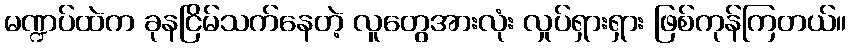
မဏ္ဍပ်ထဲက ခုနငြိမ်သက်နေတဲ့ လူတွေအားလုံး လှုပ်ရှားရှား ဖြစ်ကုန်ကြတယ်။